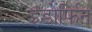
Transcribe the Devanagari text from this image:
इंडोर्फिन